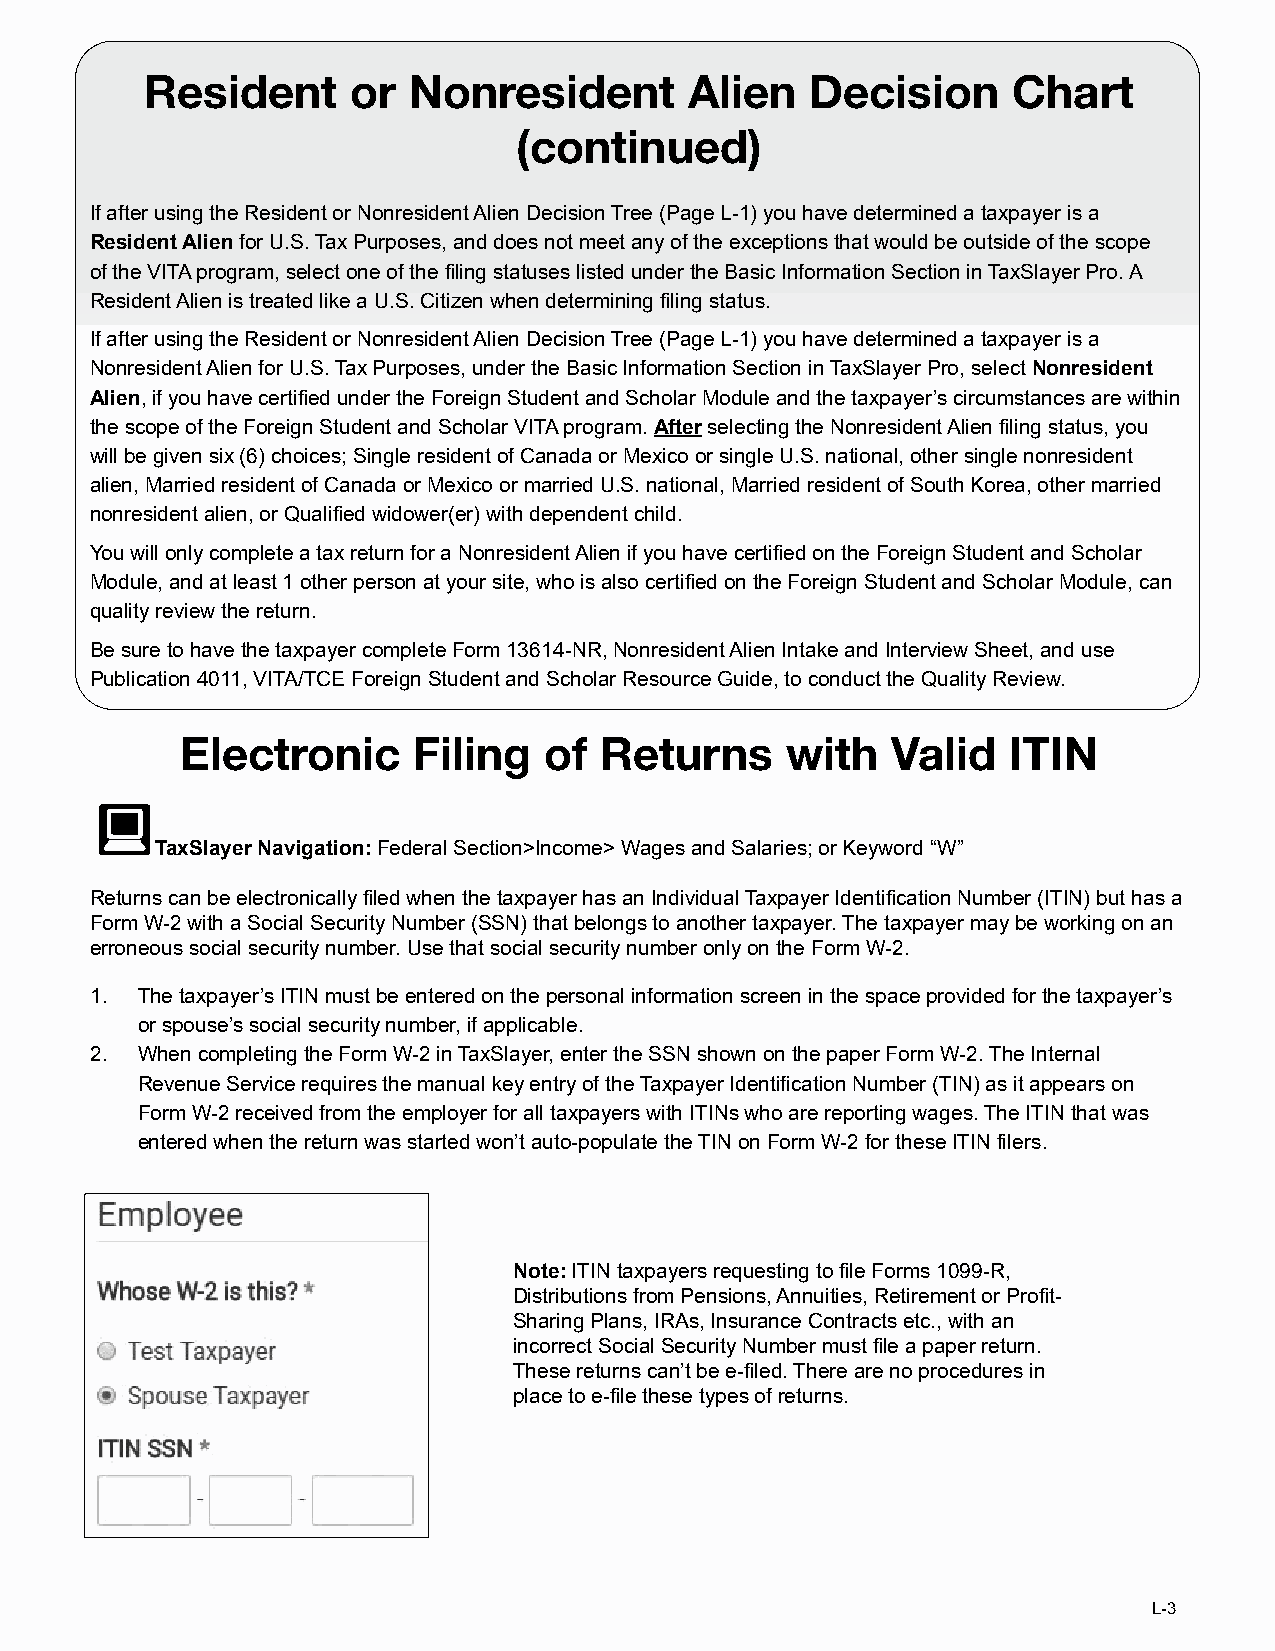
Resident     or  Nonresident        Alien   Decision     Chart
 (continued)
 If after using the Resident or Nonresident Alien Decision Tree (Page L-1) you have determined a taxpayer is a
 Resident Alien for U.S. Tax Purposes, and does not meet any of the exceptions that would be outside of the scope
 of the VITA program, select one of the filing statuses listed under the Basic Information Section in TaxSlayer Pro. A
 Resident Alien is treated like a U.S. Citizen when determining filing status.
 If after using the Resident or Nonresident Alien Decision Tree (Page L-1) you have determined a taxpayer is a
 Nonresident Alien for U.S. Tax Purposes, under the Basic Information Section in TaxSlayer Pro, select Nonresident
 Alien, if you have certified under the Foreign Student and Scholar Module and the taxpayer’s circumstances are within
 the scope of the Foreign Student and Scholar VITA program. After selecting the Nonresident Alien filing status, you
 will be given six (6) choices; Single resident of Canada or Mexico or single U.S. national, other single nonresident
 alien, Married resident of Canada or Mexico or married U.S. national, Married resident of South Korea, other married
 nonresident alien, or Qualified widower(er) with dependent child.
 You will only complete a tax return for a Nonresident Alien if you have certified on the Foreign Student and Scholar
 Module, and at least 1 other person at your site, who is also certified on the Foreign Student and Scholar Module, can
 quality review the return.
 Be sure to have the taxpayer complete Form 13614-NR, Nonresident Alien Intake and Interview Sheet, and use
 Publication 4011, VITA/TCE Foreign Student and Scholar Resource Guide, to conduct the Quality Review.
 Electronic     Filing   of  Returns     with   Valid   ITIN
 TaxSlayer Navigation: Federal Section>Income> Wages and Salaries; or Keyword “W”
 Returns can be electronically filed when the taxpayer has an Individual Taxpayer Identification Number (ITIN) but has a
 Form W-2 with a Social Security Number (SSN) that belongs to another taxpayer. The taxpayer may be working on an
 erroneous social security number. Use that social security number only on the Form W-2.
 1. The taxpayer’s ITIN must be entered on the personal information screen in the space provided for the taxpayer’s
 or spouse’s social security number, if applicable.
 2. When completing the Form W-2 in TaxSlayer, enter the SSN shown on the paper Form W-2. The Internal
 Revenue Service requires the manual key entry of the Taxpayer Identification Number (TIN) as it appears on
 Form W-2 received from the employer for all taxpayers with ITINs who are reporting wages. The ITIN that was
 entered when the return was started won’t auto-populate the TIN on Form W-2 for these ITIN filers.
 Note: ITIN taxpayers requesting to file Forms 1099-R,
 Distributions from Pensions, Annuities, Retirement or Profit-
 Sharing Plans, IRAs, Insurance Contracts etc., with an
 incorrect Social Security Number must file a paper return.
 These returns can’t be e-filed. There are no procedures in
 place to e-file these types of returns.
 L-3